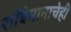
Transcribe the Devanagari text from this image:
रात्रिमानाचेही